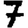
Digit: 7